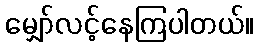
မျှော်လင့်နေကြပါတယ်။